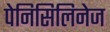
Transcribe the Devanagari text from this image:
पेनिसिलिनेज